画像に写った文字を読んでください
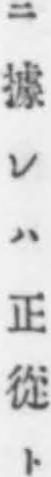
「ニ據レハ正從ト」と書いてあります